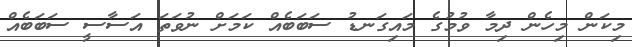
މިކަން މިހެން ދިމާ ވުމުގެ މައިގަނޑު ސަބަބެއް ކަމަށް ނުވަތަ އަސާސީ ސަބަބެއް